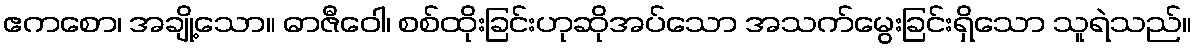
ဧကစော၊ အချို့သော။ ဓာဇီဝေါ၊ စစ်ထိုးခြင်းဟုဆိုအပ်သော အသက်မွေးခြင်းရှိသော သူရဲသည်။